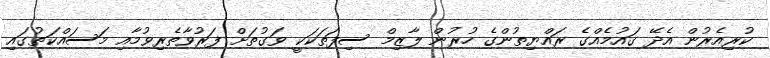
ކުރިއެރުން އެދޭ ގައުމެއްގެ ރައްޔިތުންގެ ހުރުން ލާޒިމް ސިފަތަކަކީ ވަގުތަށް ފަރުވާތެރިވުމާއި މަސައްކަތުގައި